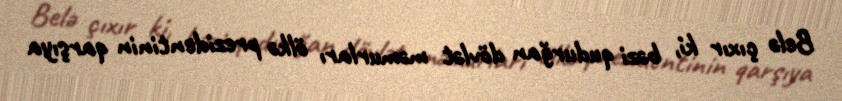
Belə çıxır ki, bəzi qudurğan dövlət məmurları ölkə prezidentinin qarşıya